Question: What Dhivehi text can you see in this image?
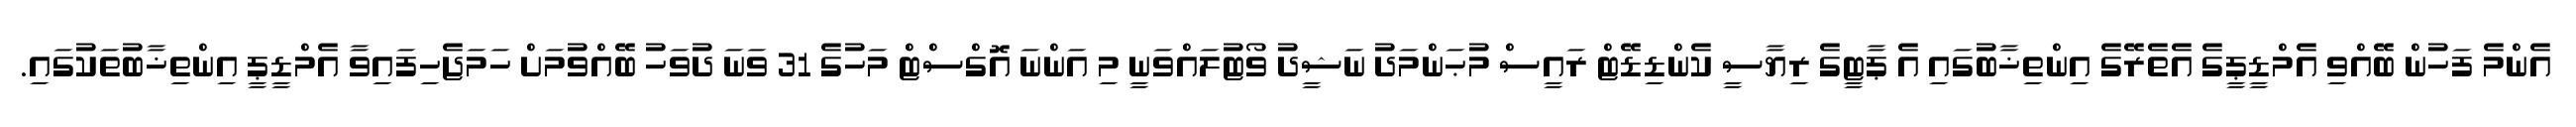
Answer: އެންމެ ފަހުން ބޭއްވި އެމްޑީޕީގެ އެތެރޭގެ އިންތިޚާބުގައި އެ ޕާޓީގެ ރިޔާސީ ކެންޑިޑޭޓް ރައީސް މުޙަންމަދު ނަޝީދު ވޯޓުލައްވަނީ މި އަންނަ އޮގްސްޓް މަހުގެ 31 ވަނަ ދުވަހު ބޭއްވުމަށް ހަމަޖެހިފައިވާ އެމްޑީޕީ އިންތިޚާބުތަކުގައި.